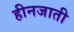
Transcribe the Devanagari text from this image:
हीनजाती